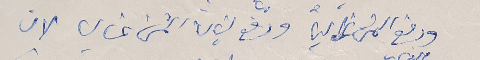
ودفع الثمن غالياً ودفع لبنان الثمن غالي لان